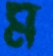
ম